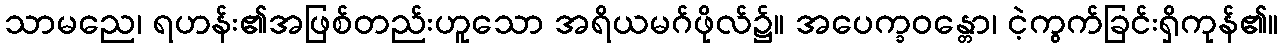
သာမညေ၊ ရဟန်း၏အဖြစ်တည်းဟူသော အရိယမဂ်ဖိုလ်၌။ အပေက္ခဝန္တော၊ ငဲ့ကွက်ခြင်းရှိကုန်၏။